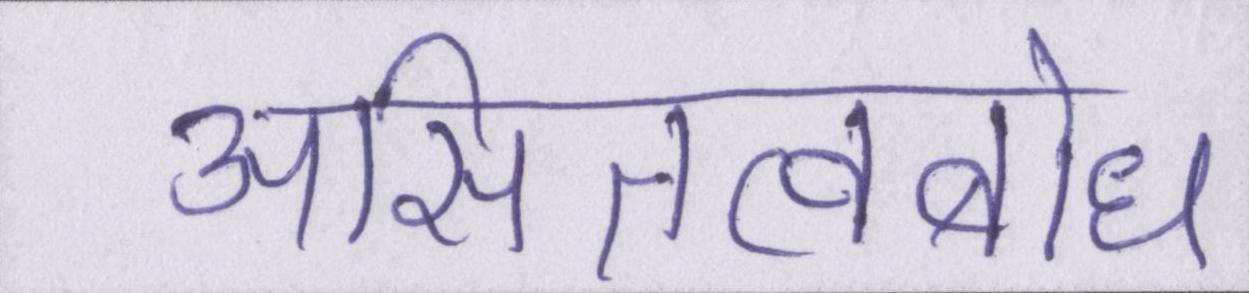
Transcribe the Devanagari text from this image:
असितत्वबोध